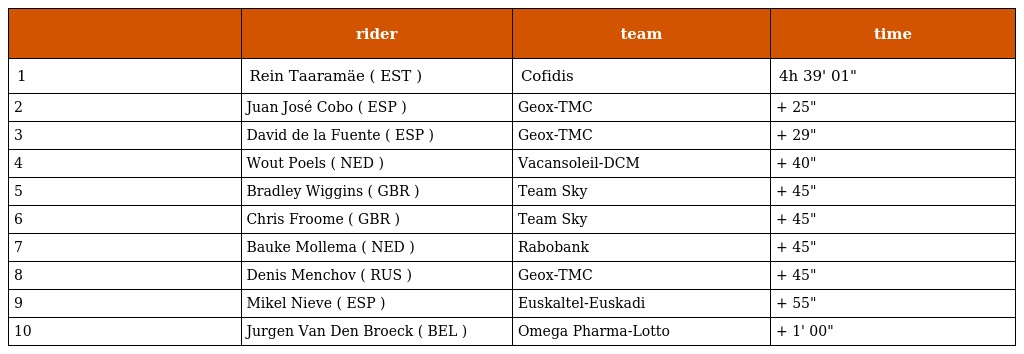
|  | rider | team | time |
 | --- | --- | --- | --- |
 | 1 | Rein Taaramäe ( EST ) | Cofidis | 4h 39' 01" |
 | 2 | Juan José Cobo ( ESP ) | Geox-TMC | + 25" |
 | 3 | David de la Fuente ( ESP ) | Geox-TMC | + 29" |
 | 4 | Wout Poels ( NED ) | Vacansoleil-DCM | + 40" |
 | 5 | Bradley Wiggins ( GBR ) | Team Sky | + 45" |
 | 6 | Chris Froome ( GBR ) | Team Sky | + 45" |
 | 7 | Bauke Mollema ( NED ) | Rabobank | + 45" |
 | 8 | Denis Menchov ( RUS ) | Geox-TMC | + 45" |
 | 9 | Mikel Nieve ( ESP ) | Euskaltel-Euskadi | + 55" |
 | 10 | Jurgen Van Den Broeck ( BEL ) | Omega Pharma-Lotto | + 1' 00" |